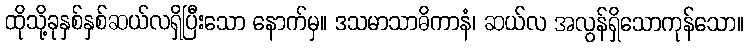
ထိုသို့ခုနှစ်နှစ်ဆယ်လရှိပြီးသော နောက်မှ။ ဒသမာသာဓိကာနံ၊ ဆယ်လ အလွန်ရှိသောကုန်သော။